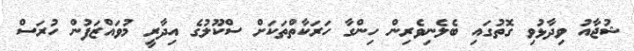
ޝުޖާއު ވިދާޅުވި ގޮތުގައި ބެލެނިވެރިން ހިންގާ ހަރަކާތްތަކަށް ސްކޫލުގެ އިދާރީ މުވައްޒަފުން ހުރަސް